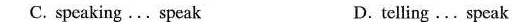
C. speaking...Speak D.telling ...Speak